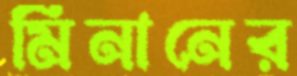
মিনানের